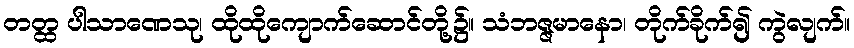
တတ္ထ ပါသာဏေသု၊ ထိုထိုကျောက်ဆောင်တို့၌။ သံဘဇ္ဇမာနော၊ တိုက်ခိုက်၍ ကွဲလျက်။